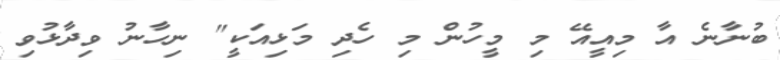
ބުނާނެ އާ މިއީއޭ މި މީހުން މި ހެދި މަޅިއަކީ" ނިހާނު ވިދާޅުވި